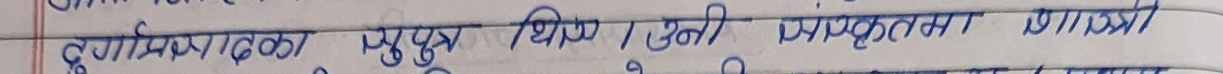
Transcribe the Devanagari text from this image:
दुर्गाप्रसादका पुत्र थिए। उनी प्रकृतमय भएका